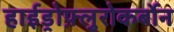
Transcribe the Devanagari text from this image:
हाईड्रोफ़्लुरोकर्बोन